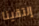
إلتقينا